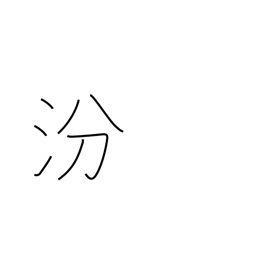
Meaning: name of a Chinese river